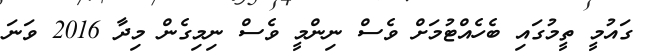
ގައުމީ ތީމުގައި ބެހެއްޓުމަށް ވެސް ނިންމީ ވެސް ނިމިގެން މިދާ 2016 ވަނަ